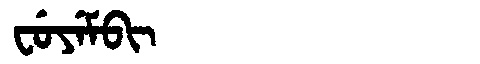
Manchu: ᠸᡠᠶᡝᠮᠪᡳ
Romanization: FUYEMBI